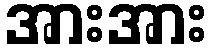
အားအား